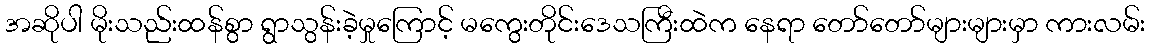
အဆိုပါ မိုးသည်းထန်စွာ ရွာသွန်းခဲ့မှုကြောင့် မကွေးတိုင်းဒေသကြီးထဲက နေရာ တော်တော်များများမှာ ကားလမ်း